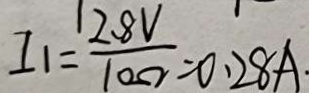
I _ { 1 } = \frac { 2 . 8 V } { 1 0 \Omega } = 0 . 2 8 A \cdot